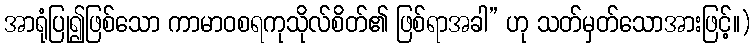
အာရုံပြု၍ဖြစ်သော ကာမာဝစရကုသိုလ်စိတ်၏ ဖြစ်ရာအခါ” ဟု သတ်မှတ်သောအားဖြင့်။)